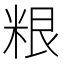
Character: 𮇜